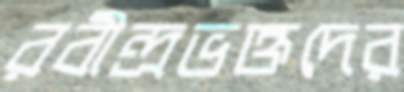
রবীন্দ্রভক্তদের